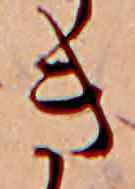
き